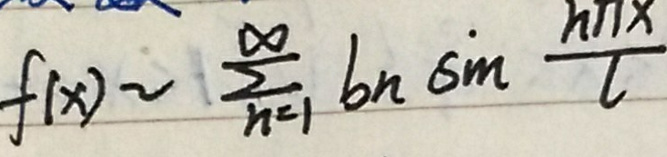
\[
f(x)\sim\sum_{n = 1}^{\infty}b_{n}\sin\frac{n\pi x}{l}
\]